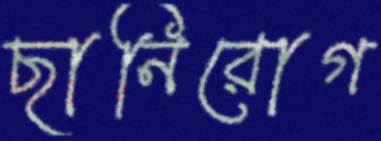
ছানিরোগ